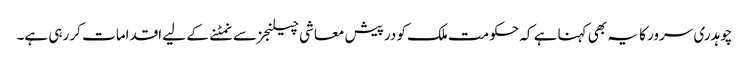
چوہدری سرور کا یہ بھی کہنا ہے کہ حکومت ملک کو درپیش معاشی چیلنجز سے نمٹنے کے لیے اقدامات کر رہی ہے۔